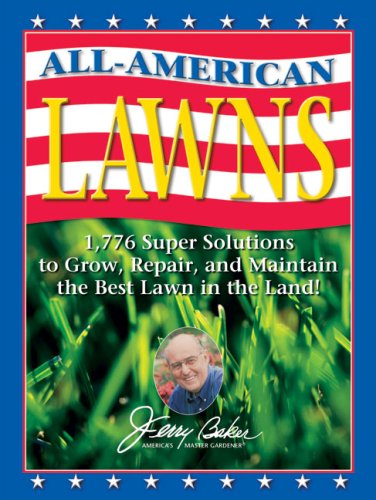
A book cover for Jerry Baker's All-American Lawns: 1,776 Super Solutions to Grow, Repair, and Maintain the Best Lawn in the Land! (Jerry Baker Good Gardening series); Jerry Baker; Crafts, Hobbies & Home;